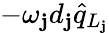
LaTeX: -\omega_{\mathbf{j}}d_{\mathbf{j}}\hat{{q}}_{L_{\mathbf{j}}}